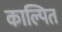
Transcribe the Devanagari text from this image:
काल्पित